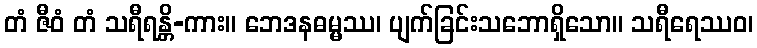
တံ ဇီဝံ တံ သရီရန္တိ-ကား။ ဘေဒနဓမ္မဿ၊ ပျက်ခြင်းသဘောရှိသော။ သရီရေဿဝ၊